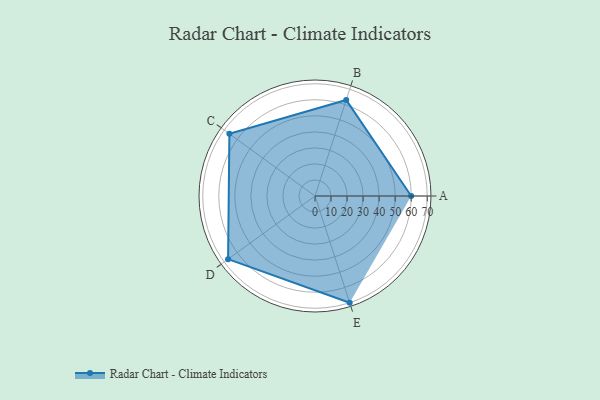
{"axis": {"x": "Skill", "y": "Score"}, "legend": ["Profile"], "data": [{"x": "A", "y": 60.0, "type": "Profile"}, {"x": "B", "y": 63.0, "type": "Profile"}, {"x": "C", "y": 66.0, "type": "Profile"}, {"x": "D", "y": 67.0, "type": "Profile"}, {"x": "E", "y": 70.0, "type": "Profile"}]}